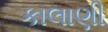
કાલાણી